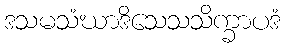
ဒသမသံဃာဒိသေသသိက္ခာပဒံ